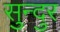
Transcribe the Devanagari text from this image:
सुन्दुर